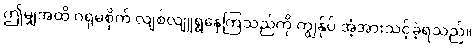
ဤမျှအထိ ဂရုမစိုက် လျစ်လျူရွနေကြသည်ကို ကျွန်ုပ် အံ့အားသင့်ခဲ့ရသည်။